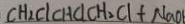
C H _ { 2 } C l C H C l C H _ { 2 } C l + N a O